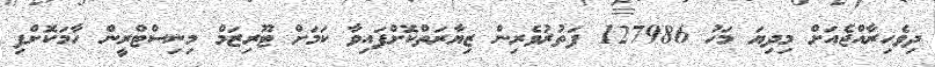
ދިވެހިރާއްޖެއަށް މިދިޔަ މަހު 127986 ފަތުރުވެރިން ޒިޔާރަތްކޮށްފައިވާ ކަމަށް ޓޫރިޒަމް މިނިސްޓްރީން ހާމަކޮށްފި